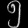
Digit: ၅